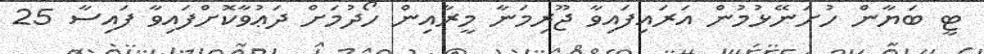
ޓީ ބަޔާން ހުށަނޭޅުމުން އަރައިފައިވާ ޖޫރިމަނާ މީރާއިން ހޯދުމަށް ދަޢުވާކޮށްފައިވާ ފައިސާ 25